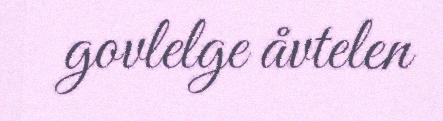
govlelge åvtelen